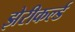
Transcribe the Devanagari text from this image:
झेरीकर्ल्ड